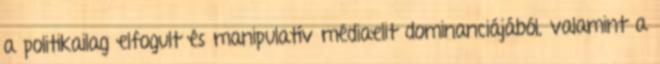
a politikailag elfogult és manipulatív médiaelit dominanciájából, valamint a